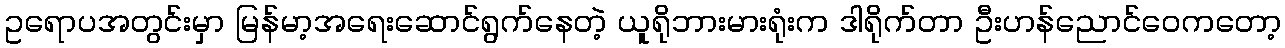
ဥရောပအတွင်းမှာ မြန်မာ့အရေးဆောင်ရွက်နေတဲ့ ယူရိုဘားမားရုံးက ဒါရိုက်တာ ဦးဟန်ညောင်ဝေကတော့